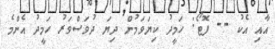
އާއި އެކު -- ފޮޓޯ: ހަމީދު ކިޔަވަމުން ދިޔަ ދުވަސްވަރު ހަމީދު އެންމެ